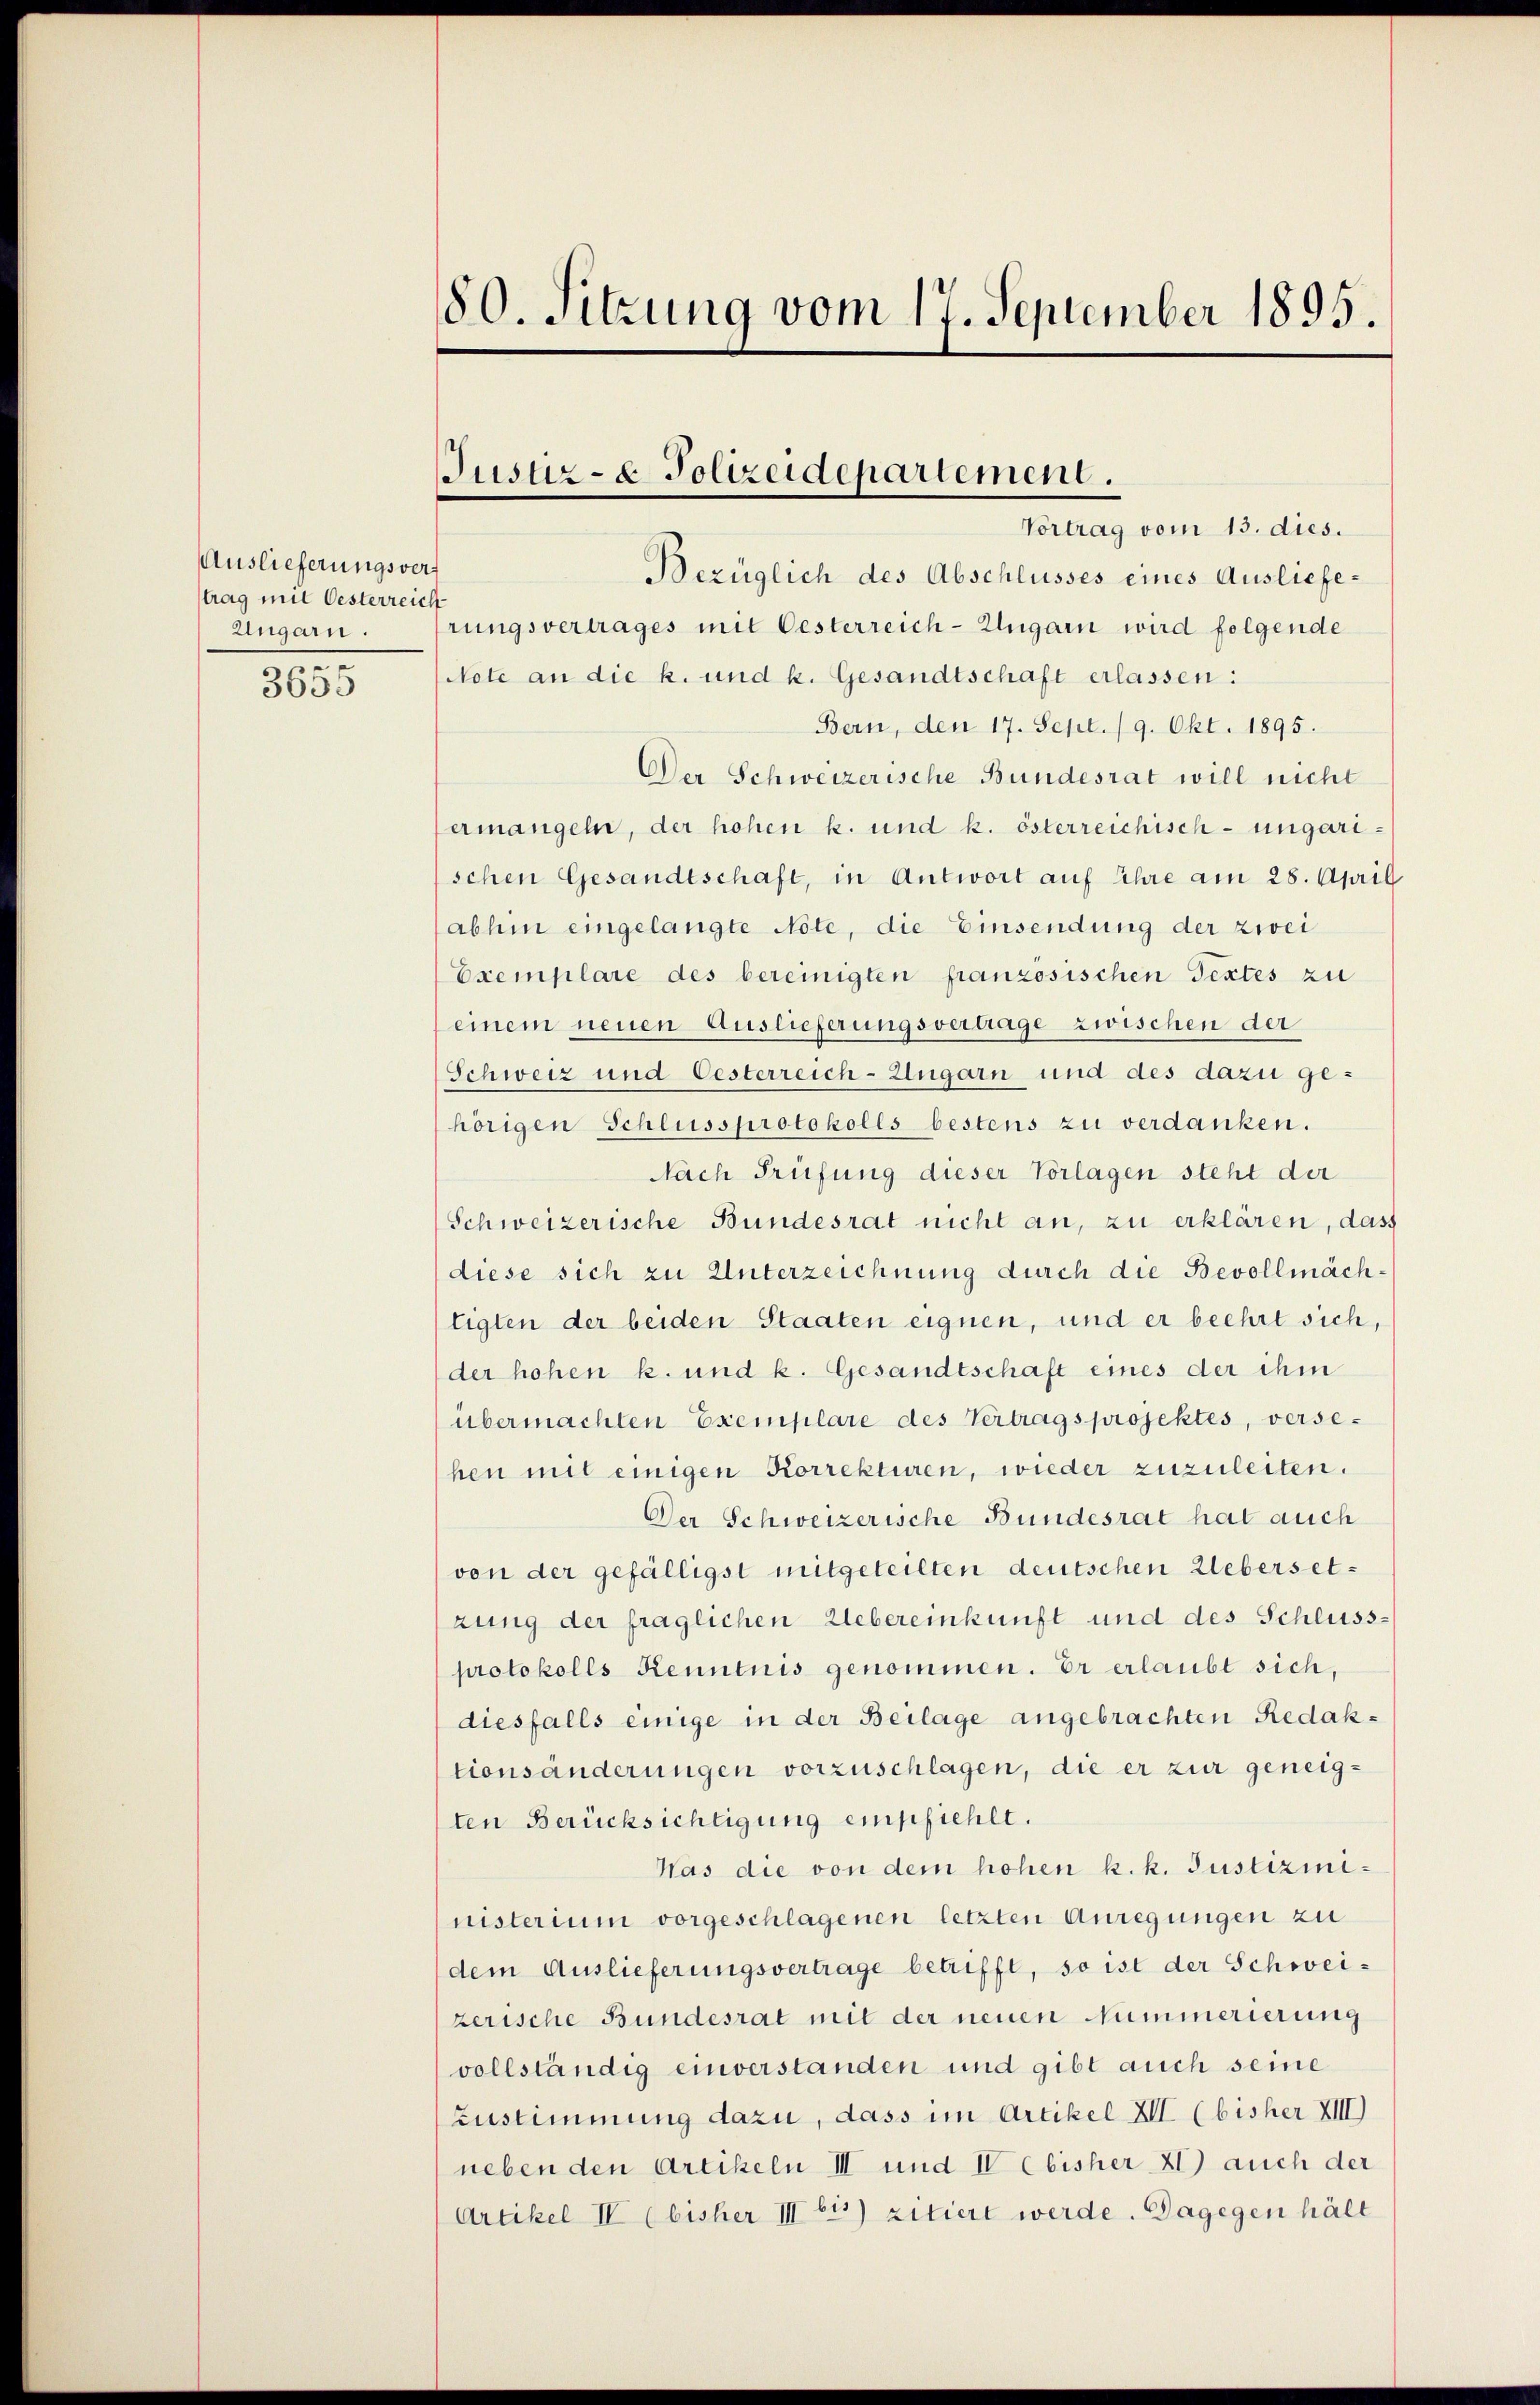
Auslieferungsvers
trag mit Oesterreich
Ungarn.
e

3655

80. Sitzung vom 17. September 1895.

Justiz- & Polizeidepartement.
Vortrag vom 13. dies.

Bezüglich des Abschlusses eines Auslieferungsvertrages mit Oesterreich-Ungarn wird folgende
Note an die k. und k. Gesandtschaft erlassen:
Bern, den 17. Sept. 19. Okt. 1895.
Der Schweizerische Bundesrat will nicht
ermangeln, der hohen k. und k. österreichisch-ungarischen Gesandtschaft, in Antwort auf Ehre am 28. April
abhin eingelangte Note, die Einsendung der zwei
Exemplare des bereinigten französischen Textes zu
einem neuen Auslieferungsvertrage zwischen der
Schweiz und Oesterreich-Ungarn und des dazu gehörigen Schlussprotokolls bestens zu verdanken.
Nach Prüfung dieser Vorlagen steht der
Schweizerische Bundesrat nicht an, zu erklären, dass
diese sich zu Unterzeichnung durch die Bevollmächtigten der beiden Staaten eignen, und er beehrt sich,
der hohen k. und k. Gesandtschaft eines der ihm
übermachten Exemplare des Vertrags projektes, versehen mit einigen Korrekturen, wieder zuzuleiten.
Der Schweizerische Bundesrat hat auch
von der gefälligst mitgeteilten deutschen Uebersetzung der fraglichen Uebereinkunft und des Schluss-
protokolls Kenntnis genommen. Er erlaubt sich,
diesfalls einige in der Beilage angebrachten Redaktionsänderungen vorzuschlagen, die er zur geneigten Berücksichtigung empfiehlt.
Was die von dem hohen k. k. Justizininisterium vorgeschlagenen letzten Anregungen zu
dem Auslieferungsvertrage betrifft, so ist der Schwei-
zerische Bundesrat mit der neuen Nummerierung
vollständig einverstanden und gibt auch seine
Zustimmung dazu, dass im Artikel XII (bisher XIII)
neben den Artikeln III und IV bisher XI) auch der
Artikel IV (bisher III bis zitiert werde. Dagegen hält